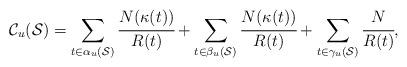
LaTeX: \begin{align*}\mathcal{C}_u(\mathcal{S}) = \sum_{t \in \alpha_u(\mathcal{S}) } \cfrac{N(\kappa(t))}{R(t)} + \sum_{t \in \beta_u(\mathcal{S}) } \cfrac{N(\kappa(t))}{R(t)} + \sum_{t \in \gamma_u(\mathcal{S}) } \cfrac{N}{R(t)},\end{align*}